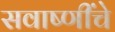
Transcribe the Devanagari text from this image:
सवाष्णींचे